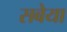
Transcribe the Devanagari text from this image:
सबेया